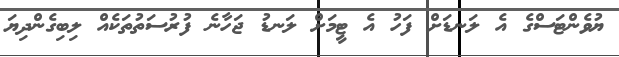
ޔުވެންޓަސްގެ އެ ލަނޑަށް ފަހު އެ ޓީމަށް ލަނޑު ޖަހާނެ ފުރުސަތުތަކެއް ލިބިގެންދިޔަ